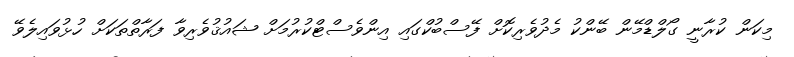
މިކަން ކުރާނީ ގޯލްޑްމޭން ބޭންކު މެދުވެރިކޮށް ފޭސްބުކްގައި އިންވެސްޓްކުރުމަށް ޝައުޤުވެރިވާ ފަރާތްތަކަށް ހުޅުވައިލެވޭ